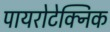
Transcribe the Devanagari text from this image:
पायरोटेक्निक